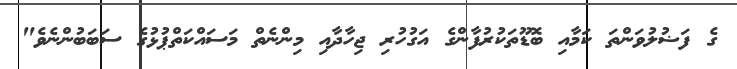
ގެ ފަޟުލުވަންތަ ކަމާއި ބޮޑޫތަކުރުފާންގެ އަގުހުރި ޖިހާދާއި މިންނެތް މަސައްކަތްޕުޅުގެ ސަބަބުންނެވެ"